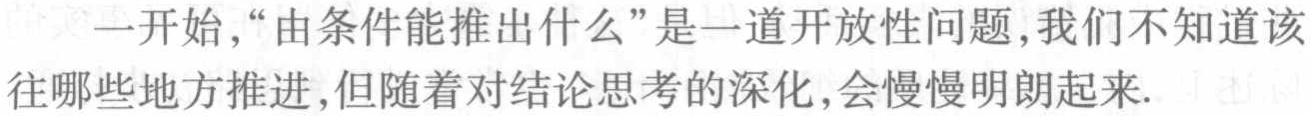
一开始，“由条件能推出什么”是一道开放性问题,我们不知道该往哪些地方推进,但随着对结论思考的深化,会慢慢明朗起来.